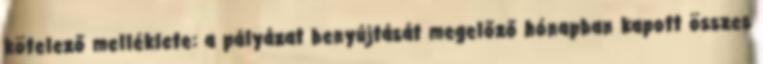
kötelező melléklete: a pályázat benyújtását megelőző hónapban kapott összes